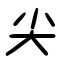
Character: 尖